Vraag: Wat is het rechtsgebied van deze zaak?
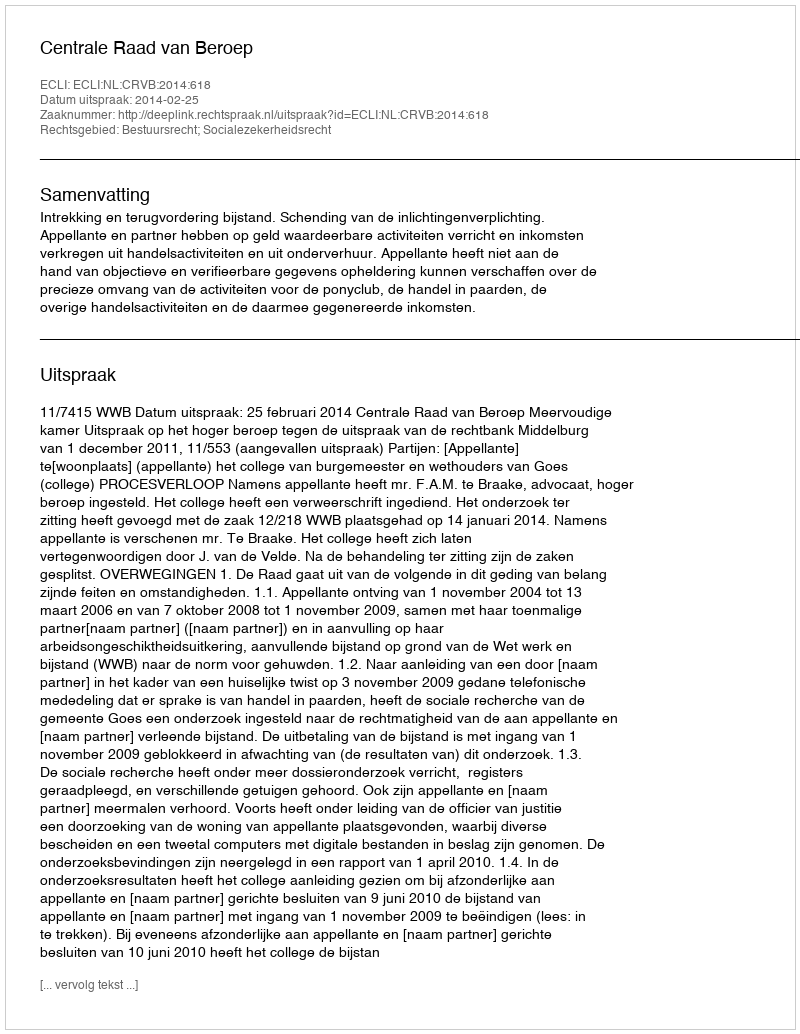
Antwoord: Bestuursrecht; Socialezekerheidsrecht